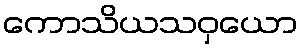
ကောသိယသဝှယော